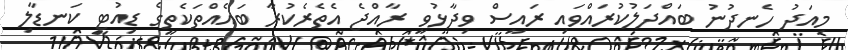
މިއަދު ހެނދުނު ބައްދަލުކުރައްވައި ރައީސް ވިދާޅުވީ ރާއްޖެ އެތެރެކުރާ ބައެއްތަކެތީގެ ޑިއުޓީ ކަނޑާލި